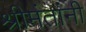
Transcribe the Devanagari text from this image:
श्रीमंतांनी